Vaccination in Bombay 1924-1928 - 1924-1928
Year: 1924
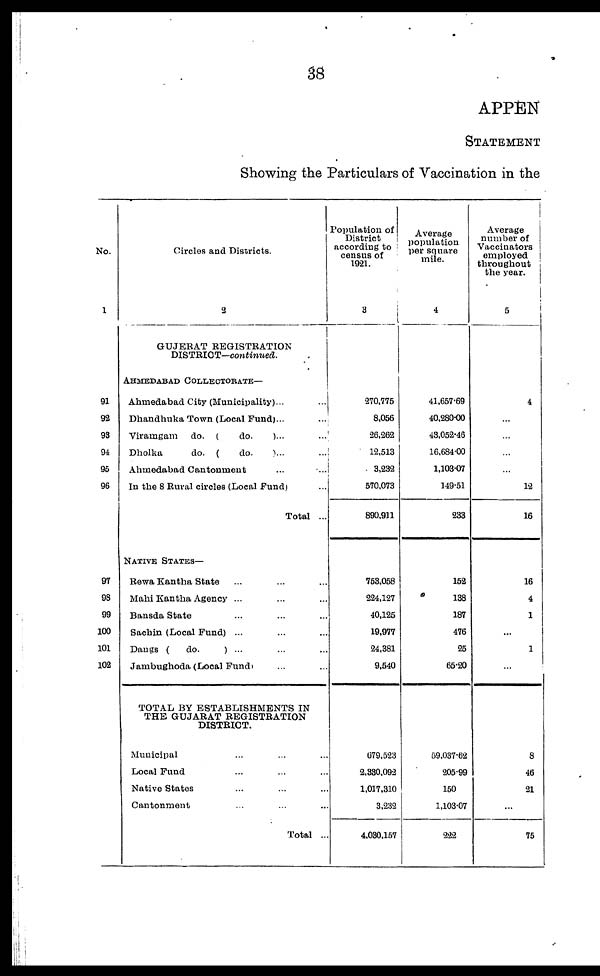
38
APPEN
STATEMENT
Showing the Particulars of Vaccination in the
No.
1
91
92
93
94
95
96
97
98
99
100
101
102
Circles and Districts.
2
GUJERAT REGISTRATION
DISTRICT—continued.
AHMEDABAD COLLECTORATE—
Ahmedabad City (Municipality)... ...
Dhandhuka Town (Local Fund)... ...
Viraingam
do. (
do.
)... ...
Dholka
do. (
do.
)... ...
Ahmedabad Cantonment ... ...
In the 8 Rural circles (Local Fund) ...
Total ...
NATIVE STATES—
Rewa Kantha State ... ... ...
Mahi Kantha Agency ... ... ...
Bansda State ... ... ...
Sachin (Local Fund) ... ... ...
Dangs (
do.
) ...
Jambughoda (Local Fund) ...
TOTAL BY ESTABLISHMENTS IN
THE GUJARAT REGISTRATION
DISTRICT.
Municipal ... ... ...
Local Fund ... ... ...
Native States ... ... ...
Cantonment ... ... ...
Total ...
Population of
District
according to
census of
1921.
3
270,775
8,056
26,262
12,513
3,232
570,073
890,911
753,058
224,127
40,125
19,977
24,381
9,540
679,523
2,330,092
1,017,310
3,232
4,030,157
Average
population
per square
mile.
4
41,657.69
40,280.00
43,052.46
16,684.00
1,103.07
149.51
233
152
138
187
476
25
65.20
59,037.62
205.99
150
1,103.07
222
Average
number of
Vaccinators
employed
throughout
the year.
5
4
...
...
...
...
12
16
16
4
1
...
1
...
8
46
21
...
75